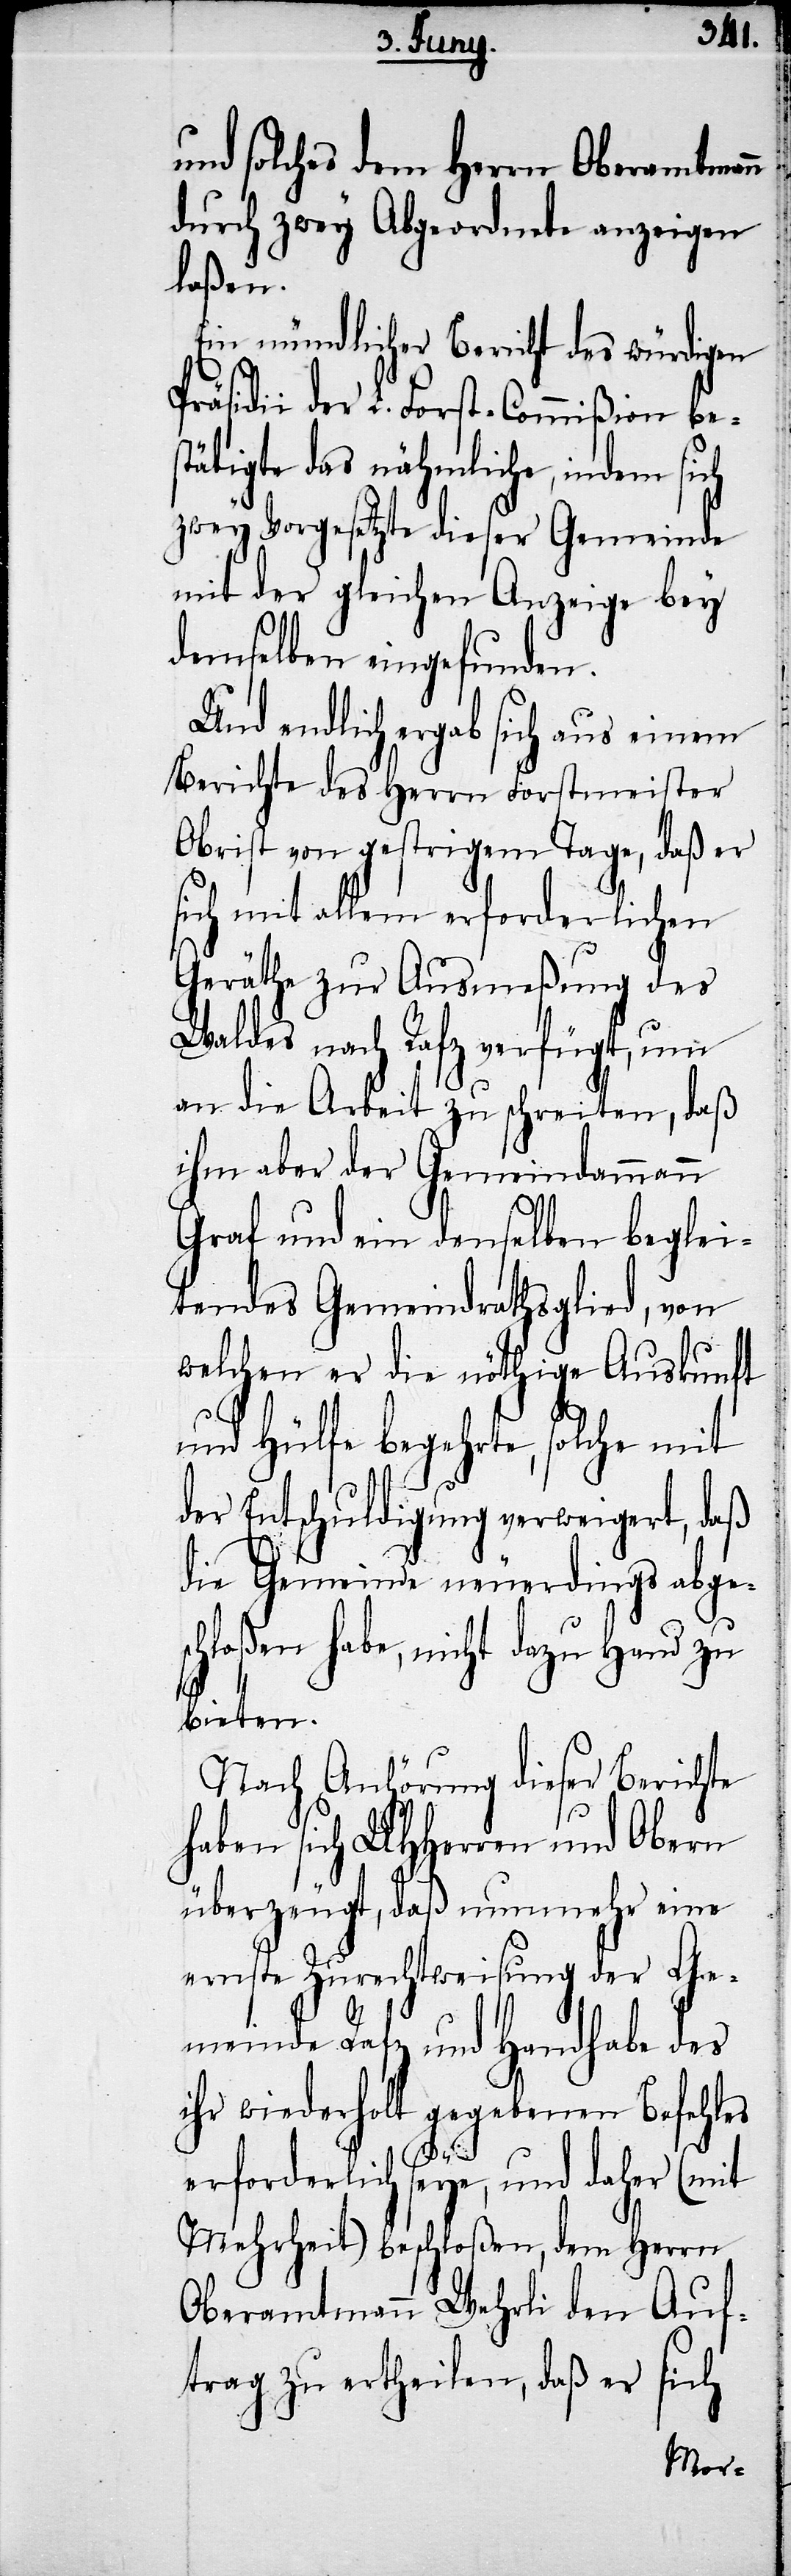
und solches dem Herrn Oberamtmann
durch zwey Abgeordnete anzeigen
laßen.
Ein mündlicher Bericht des würdigen
Präsidii der L. Forst-Commißion be¬
stätigte das nähmliche, indem sich
zwey Vorgesetzte dieser Gemeinde
mit der gleichen Anzeige bey
demselben eingefunden.
Und endlich ergab sich aus einem
Berichte des Herrn Forstmeister
Obrist von gestrigem Tage, daß er
sich mit allem erforderlichen
Geräthe zur Ausmeßung des
Waldes nach Rafz verfügt, um
an die Arbeit zu schreiten, daß
ihm aber der Gemeindammann
Graf und ein denselben beglei¬
tendes Gemeindrathsglied, von
welchen er die nöthige
Obern
und Hülfe begehrte,
dings
der Entschuldigung verweigert,
die Gemeinde neuer¬
eser Berichte
zu
bieten.
ft
Nach Anhörung di¬
haben sich UHHerren und
überzeugt, daß nunmehr eine
ernste Zurechtweisung der Ge¬
meinde Rafz und Handhabe des
ihr wiederholt gegebenen Befehles
erforderlich seye, und daher (mit
Mehrheit) beschloßen, dem Herrn
Oberamtmann Wehrli den Auf¬
trag zu ertheilen, daß er sich